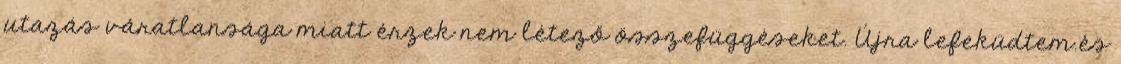
utazás váratlansága miatt érzek nem létező összefüggéseket. Újra lefeküdtem.és